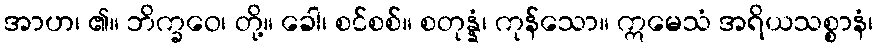
အာဟ၊ ၏။ ဘိက္ခဝေ၊ တို့။ ခေါ၊ စင်စစ်။ စတုန္နံ၊ ကုန်သော။ ဣမေသံ အရိယသစ္စာနံ၊